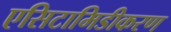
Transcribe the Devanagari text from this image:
एसिटामिडीकरण